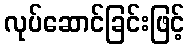
လုပ်ဆောင်ခြင်းဖြင့်